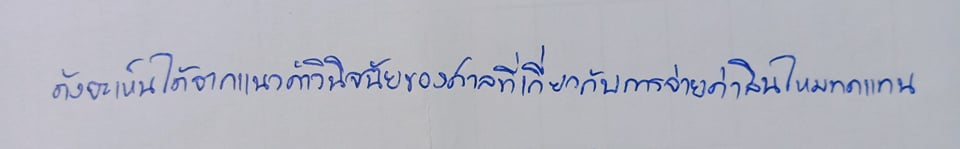
ดังจะเห็นได้จากแนวคำวินิจฉัยของศาลที่เกี่ยวกับการจ่ายค่าสินไหมทดแทน